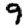
Digit: 9